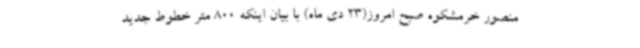
منصور خرمشکوه صبح امروز(23 دی ماه) با بیان اینکه 800 متر خطوط جدید